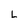
Character: L